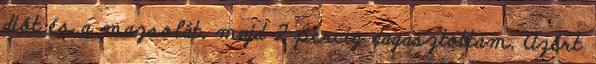
diót és a mazsolát, majd 2 percig dagasztottam. Azért